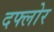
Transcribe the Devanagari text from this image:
दफ्लोर